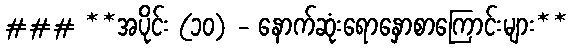
### **အပိုင်း (၁၀) - နောက်ဆုံးရောနှောစာကြောင်းများ**